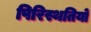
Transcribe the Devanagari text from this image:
पिरिस्थतियों